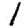
Digit: 1